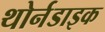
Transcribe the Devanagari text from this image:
थोर्नडाइक